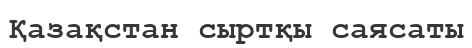
Қазақстан сыртқы саясаты